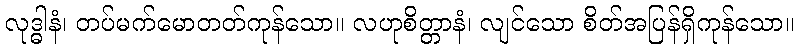
လုဒ္ဓါနံ၊ တပ်မက်မောတတ်ကုန်သော။ လဟုစိတ္တာနံ၊ လျင်သော စိတ်အပြန်ရှိကုန်သော။